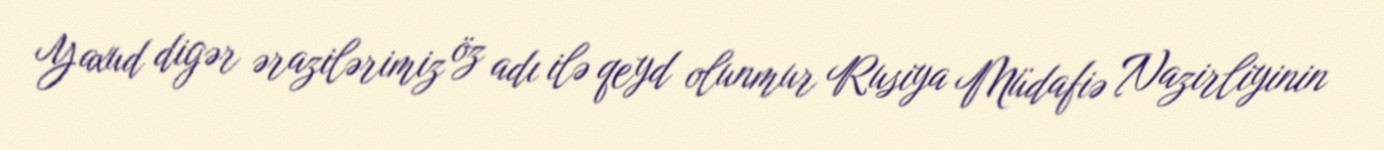
Yaxud digər ərazilərimiz öz adı ilə qeyd olunmur Rusiya Müdafiə Nazirliyinin